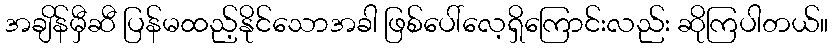
အချိန်မှီဆီ ပြန်မထည့်နိုင်သောအခါ ဖြစ်ပေါ်လေ့ရှိကြောင်းလည်း ဆိုကြပါတယ်။